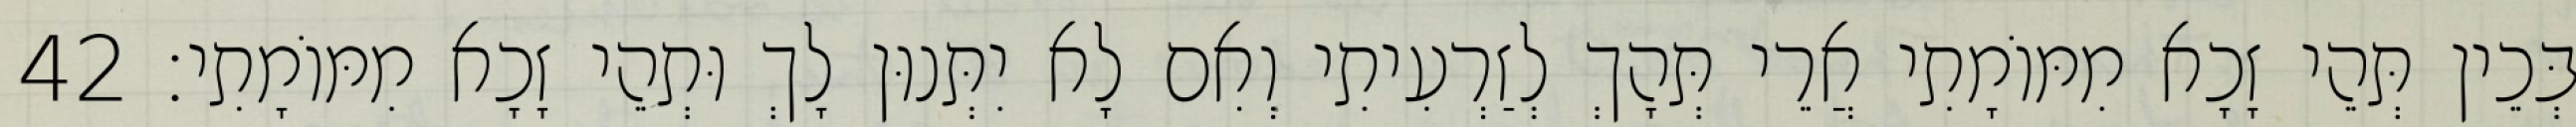
בְּכֵין תְּהֵי זָכָא מִמּוֹמָתִי אֲרֵי תְּהָךְ לְזַרְעִיתִי וְאִם לָא יִתְּנוּן לָךְ וּתְהֵי זָכָא מִמּוֹמָתִי׃ 42